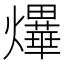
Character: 𤒹